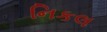
નિકલ